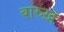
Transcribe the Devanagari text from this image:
बारुख़